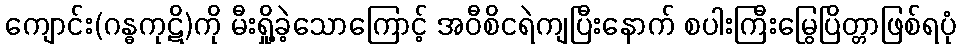
ကျောင်း(ဂန္ဓကုဋိ)ကို မီးရှို့ခဲ့သောကြောင့် အဝီစိငရဲကျပြီးနောက် စပါးကြီးမြွေပြိတ္တာဖြစ်ရပုံ